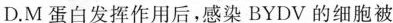
D.M蛋白发挥作用后，感染BYDV的细胞被